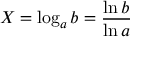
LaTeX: X = \log _ { a } b = { \frac { \ln b } { \ln a } }